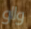
وااو